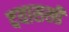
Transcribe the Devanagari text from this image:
दयासखी